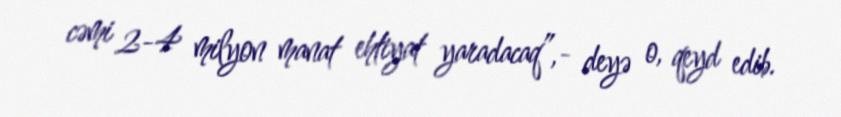
cəmi 2-4 milyon manat ehtiyat yaradacaq”,- deyə o, qeyd edib.